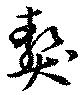
獒